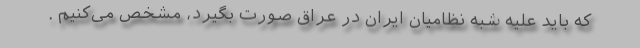
که باید علیه شبه نظامیان ایران در عراق صورت بگیرد، مشخص می‌کنیم .